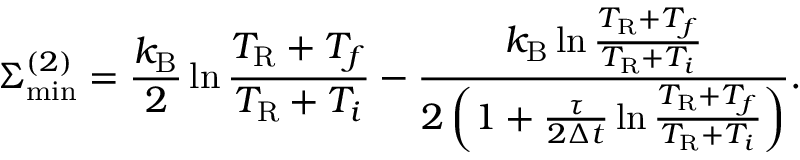
\Sigma _ { \mathrm { m i n } } ^ { ( 2 ) } = \frac { k _ { \mathrm { B } } } { 2 } \ln \frac { T _ { \mathrm { R } } + T _ { f } } { T _ { \mathrm { R } } + T _ { i } } - \frac { k _ { \mathrm { B } } \ln \frac { T _ { \mathrm { R } } + T _ { f } } { T _ { \mathrm { R } } + T _ { i } } } { 2 \left( 1 + \frac { \tau } { 2 \Delta t } \ln \frac { T _ { \mathrm { R } } + T _ { f } } { T _ { \mathrm { R } } + T _ { i } } \right) } .